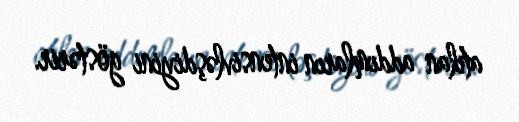
atılan addımların intensivləşdiyini göstərir.